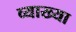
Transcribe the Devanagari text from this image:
व्याख्‍या